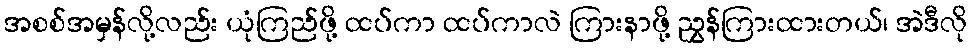
အစစ်အမှန်လို့လည်း ယုံကြည်ဖို့ ထပ်ကာ ထပ်ကာလဲ ကြားနာဖို့ ညွှန်ကြားထားတယ်၊ အဲဒီလို